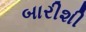
બારીશી